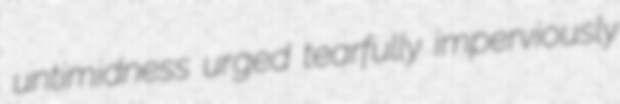
untimidness urged tearfully imperviously